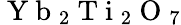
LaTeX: \mathrm{~Y~b~}_{2}\mathrm{~T~i~}_{2}\mathrm{~O~}_{7}